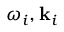
\omega _ { i } , \mathbf { k } _ { i }